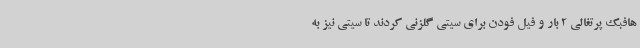
هافبک پرتغالی 2 بار و فیل فودن برای سیتی گلزنی کردند تا سیتی نیز به